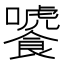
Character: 𩞂